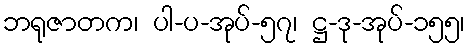
ဘရုဇာတက၊ ပါ-ပ-အုပ်-၅၇၊ ဋ္ဌ-ဒု-အုပ်-၁၅၅၊